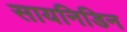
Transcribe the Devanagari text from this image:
सायनिडिन